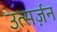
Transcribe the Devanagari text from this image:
उत्सर्ज़न